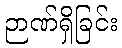
ဉာဏ်ရှိခြင်း